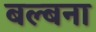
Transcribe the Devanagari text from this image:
बल्बना